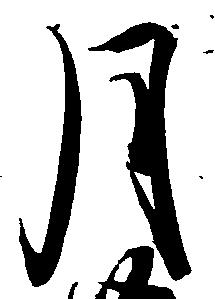
月